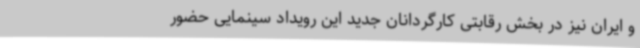
و ایران نیز در بخش رقابتی کارگردانان جدید این رویداد سینمایی حضور